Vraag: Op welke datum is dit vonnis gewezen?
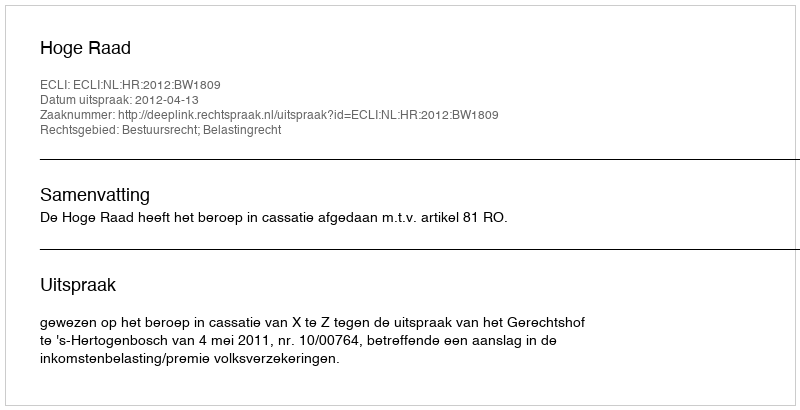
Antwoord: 2012-04-13